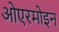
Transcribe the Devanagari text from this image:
ओएरमोइन